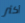
أكثر